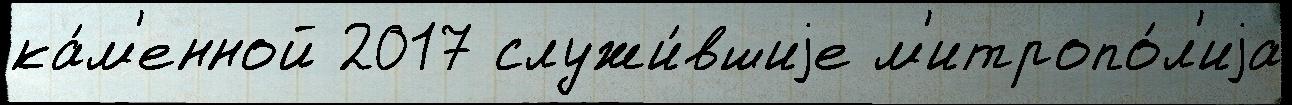
ка́м'енной 2017 служи́вшиjе м'итропо́л'иjа